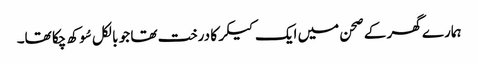
ہمارے گھر کے صحن میں ایک کیکر کا درخت تھا جو بالکل سُوکھ چکا تھا۔